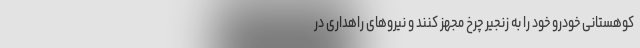
کوهستانی خودرو خود را به زنجیر چرخ مجهز کنند و نیروهای راهداری در